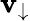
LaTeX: \mathbf{v}_{\downarrow}